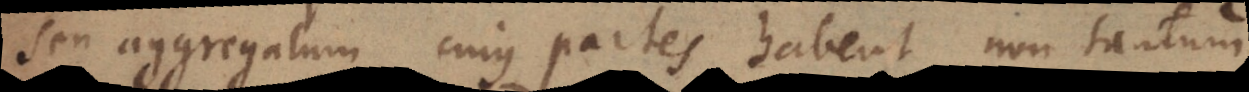
seu aggregatum cujus partes habent non tantum